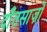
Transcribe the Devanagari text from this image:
दाँतसाज़ों